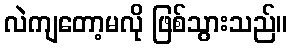
လဲကျတော့မလို ဖြစ်သွားသည်။